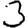
Digit: 3